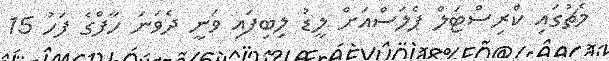
މެޗުގައި ކްރިސްޓަލް ޕެލަސްއަށް ލީޑު ލިބިފައި ވަނީ ދެވަނަ ހާފްގެ ފަހު 15